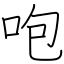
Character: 咆